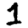
Digit: 1